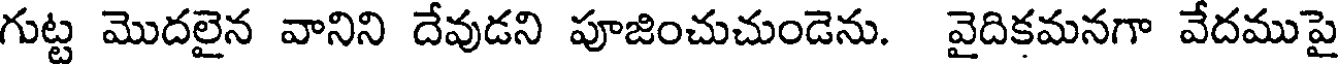
గుట్ట మొదలైన వానిని దేవుడని పూజించుచుండెను. వైదికమనగా వేదముపై